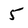
Character: 5